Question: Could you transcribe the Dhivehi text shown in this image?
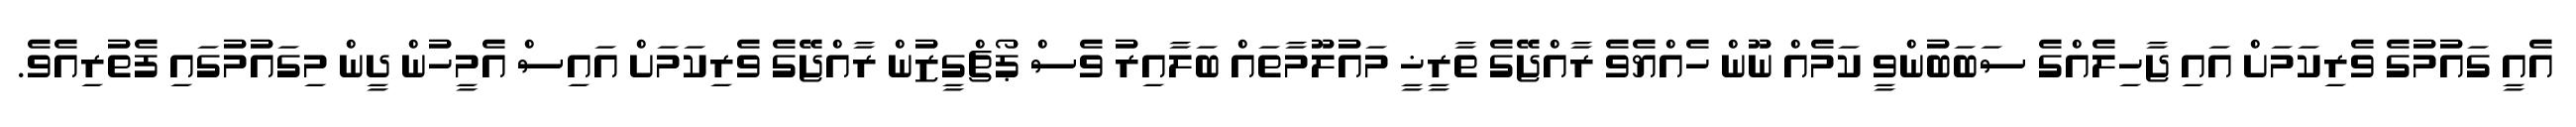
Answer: އެއީ ގައުމުގެ ވެރިކަމަށް އައި ޖާހިލެއްގެ ސަބަބުންވީ ކަމެއް ނޫން ހެއްޔެވެ ރާއްޖޭގެ ތާރީޚީ މައުލޫމާތައް ބަލާއިރު ވެސް ޕޯޗްގީޒުން ރާއްޖޭގެ ވެރިކަމަށް އައިސް އެމީހުން ދީން މިގައުމުގައި ފެތުރިއެވެ.